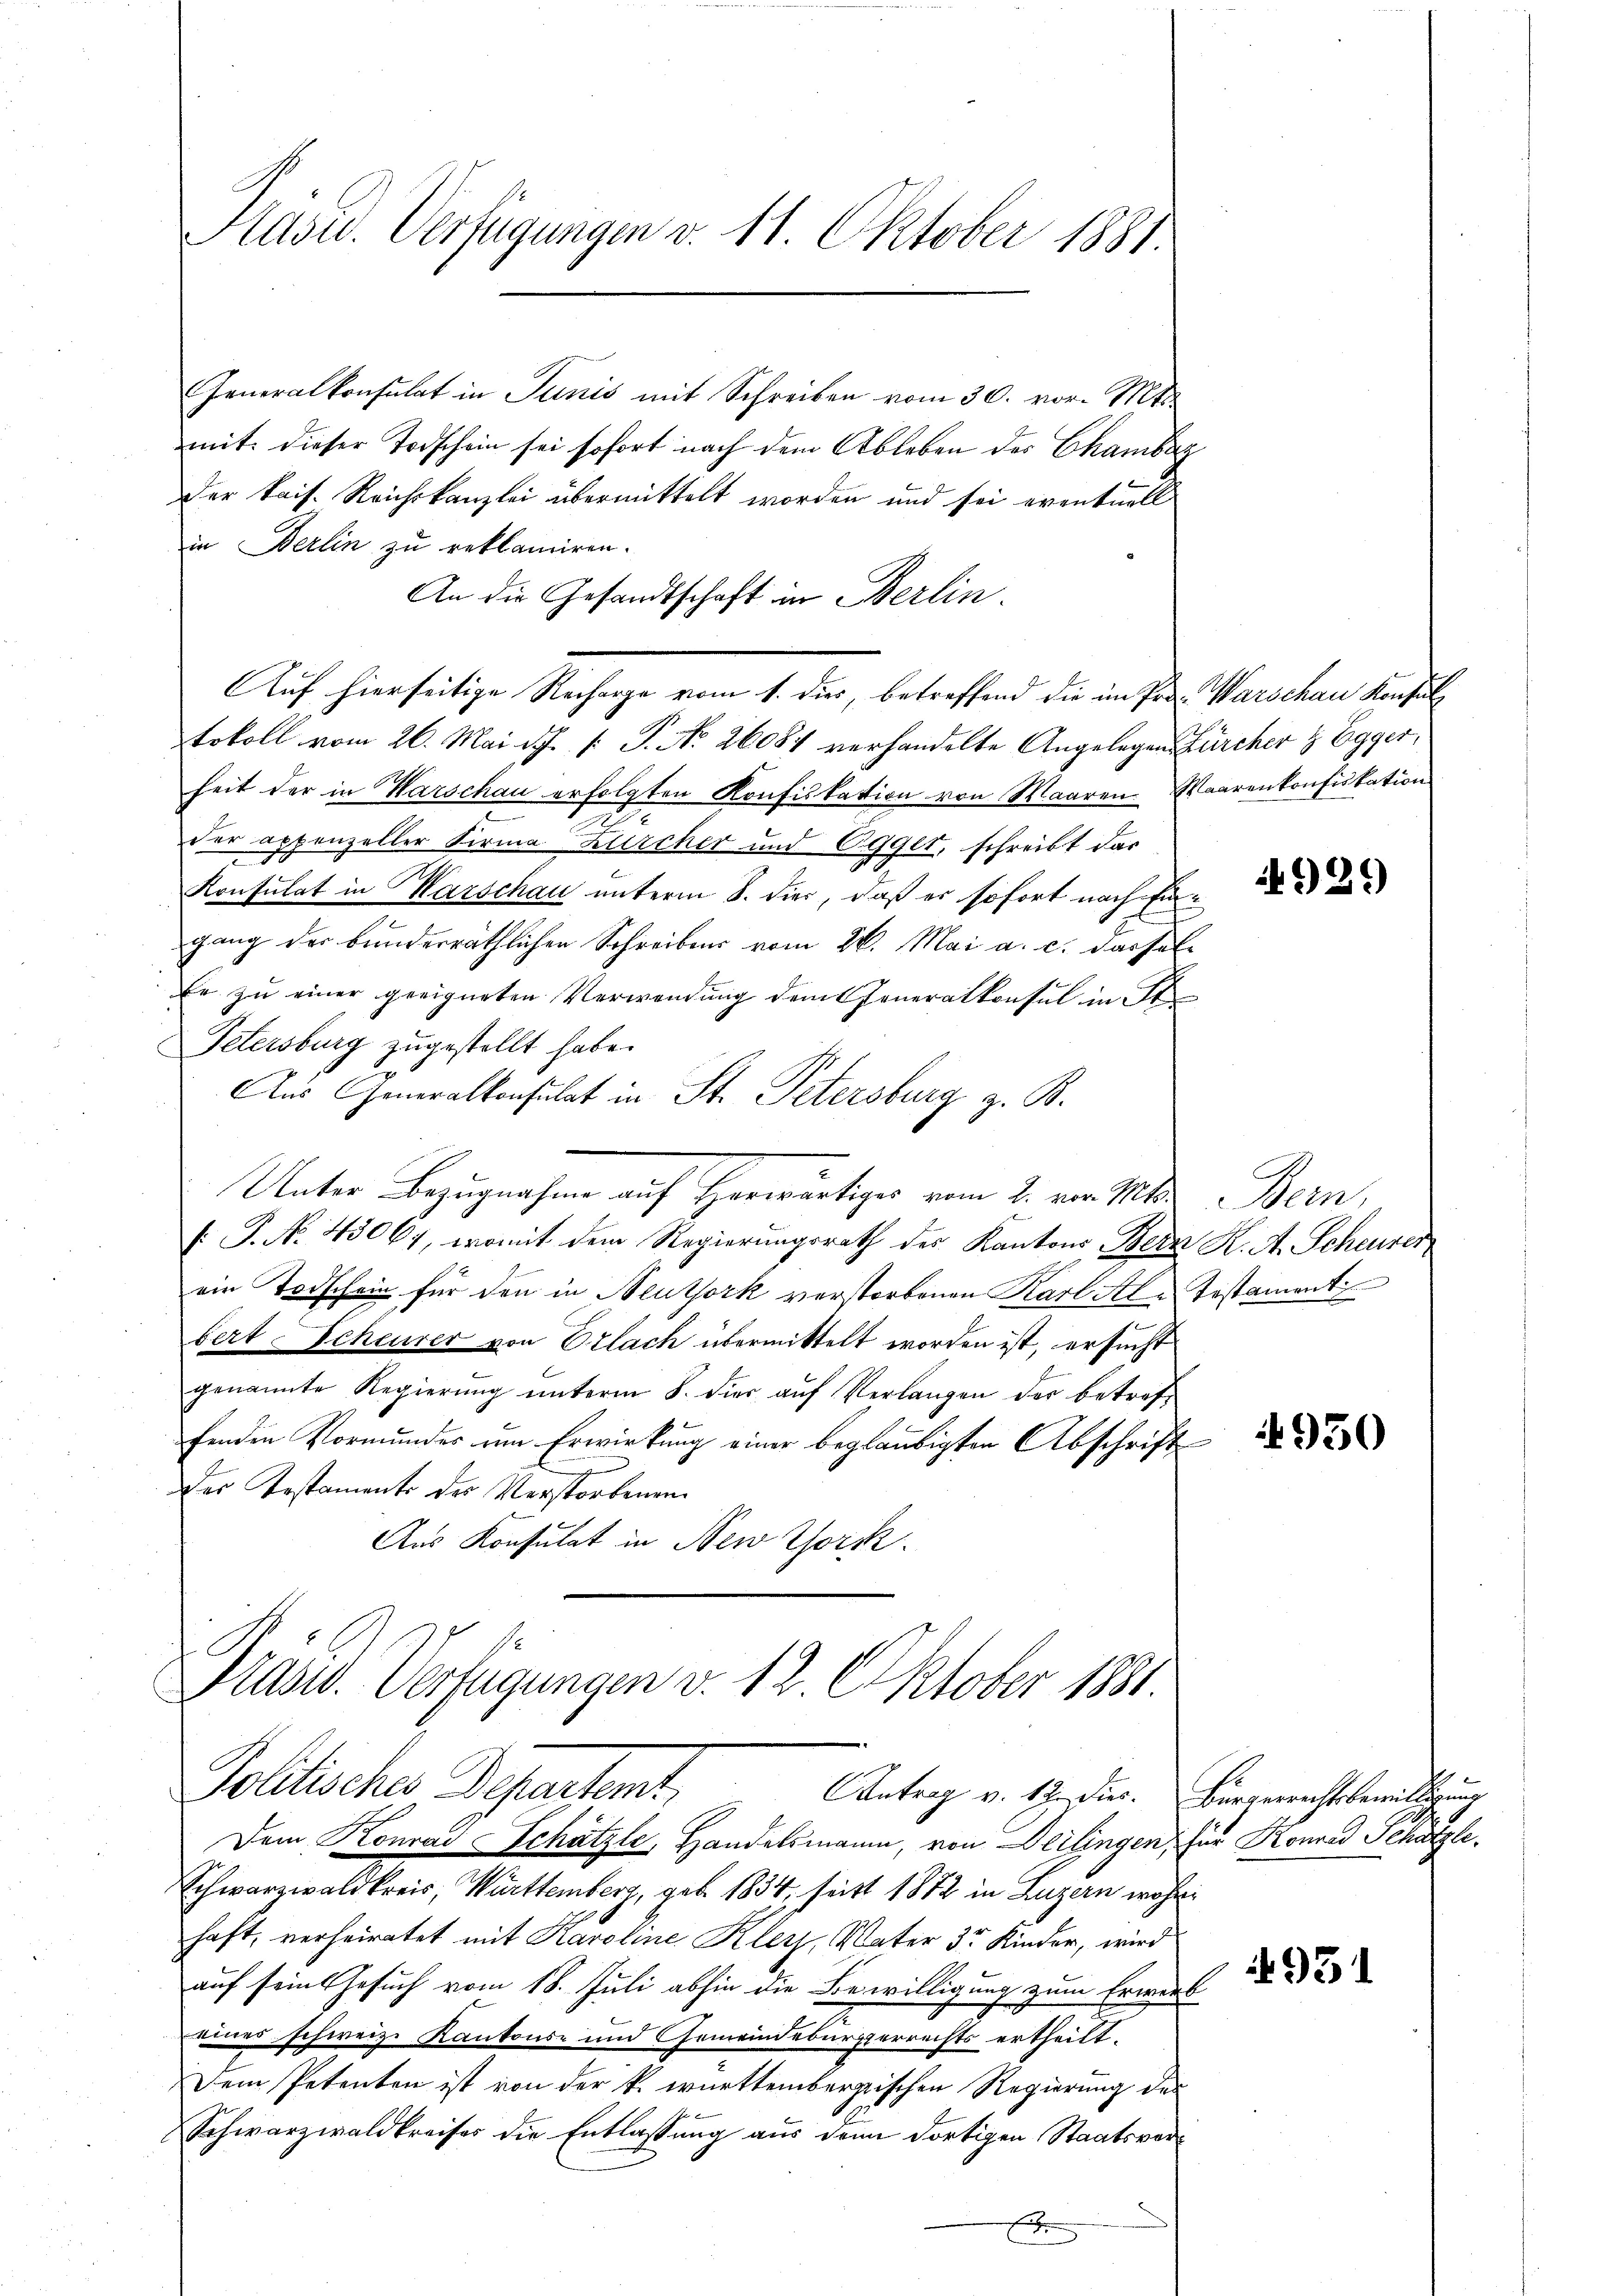
Aasu. Verfügungen v. 11. Oktober 1881.

Generalkonsulat in Junis mit Schreiben vom 30. vor. Mts.
mit dieser Todschein sei sofort nach dem Ableben des Chamburg
Der kais. Reichskanzlei übermittelt worden und sei eventuell
in Berlin zu reklamiren.
An die Gesandtschaft in Berlin.
Auf hierseitige Recharge vom 1. dies, betreffend die im Pro- Warschau Konsultokoll vom 26. Mai d. J. P. P. No. 26084 verhandelte Angelegen Zürcher & Egger,
heit der in Warschau erfolgten Konfiskation von Waaren Waarenkonfiskation
der appenzeller Firma Zürcher und Egger, schreibt dar
Konsulat in Marschau unterm 8. dies, daß es sofort nach Eingang der bunderräthlichen Schreibens vom 26. Mai a. c. dassel¬
Er zu einer geeigneten Verwendung dem Generalkonsul in St
Petersburg zugestellt habe.
Aus Generalkonsulat in St. Petersburg z. B.
Unter Bezugnahme auf Herrwärtiger vom 2. vor. Mts.
 P. No. 43067, womit dem Regierungsrath des Kantons Bern K. A. Scheurer
ein Todschein für den in Neuthork verstorbenen Karl Ale Testaments
bert Scheurer von Erlach übermittelt worden ist, ersucht
genannte Regierŭng ŭnterm 8. dies aŭf Verlangen der betreffenden Vormundes um Erwirkung einer beglaubigten Abschrift
h
Der Testaments des Verstorbenen
Aus Konsulat in New York

Prasid. Verfügungen v. 12. Oktober 1881.
Politisches Dependent,
Antrag v. 17. Dur. Bürgerrechtsbewilligung

Dem Konrad SSchätzle, Handelsmann, von Deilingen, für Konrad Schätzle¬
Schwarzwaldkreis, Württemberg, geb. 1834, seits 1872 in Luzern währ
haft, verheiratet mit Karoline Kler, Vater 3te Kinder, wird
auf sein Gesuch vom 18. Juli abhin die Bewilligung zum Erwerb
einer schweiz. Kantons- und Gemeindsbürgerrechts ertheilt.
Dem Petenten ist von der k. württembergischen Regierung des
Schwarzwaldkreises die Entlassung aus dem dortigen Staatsverx

Bern,

929

4950

931